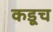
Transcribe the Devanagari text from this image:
कडूच